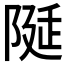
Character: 𨺘